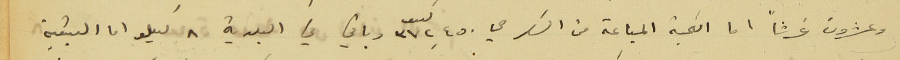
وعشرون غرشاً اما الكمية المباعة من السكر هي ٣٧٢,٤٥٠ كيلو وباقي في البلدية ٨ كيلو اما البقية